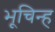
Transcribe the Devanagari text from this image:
भूचिन्ह